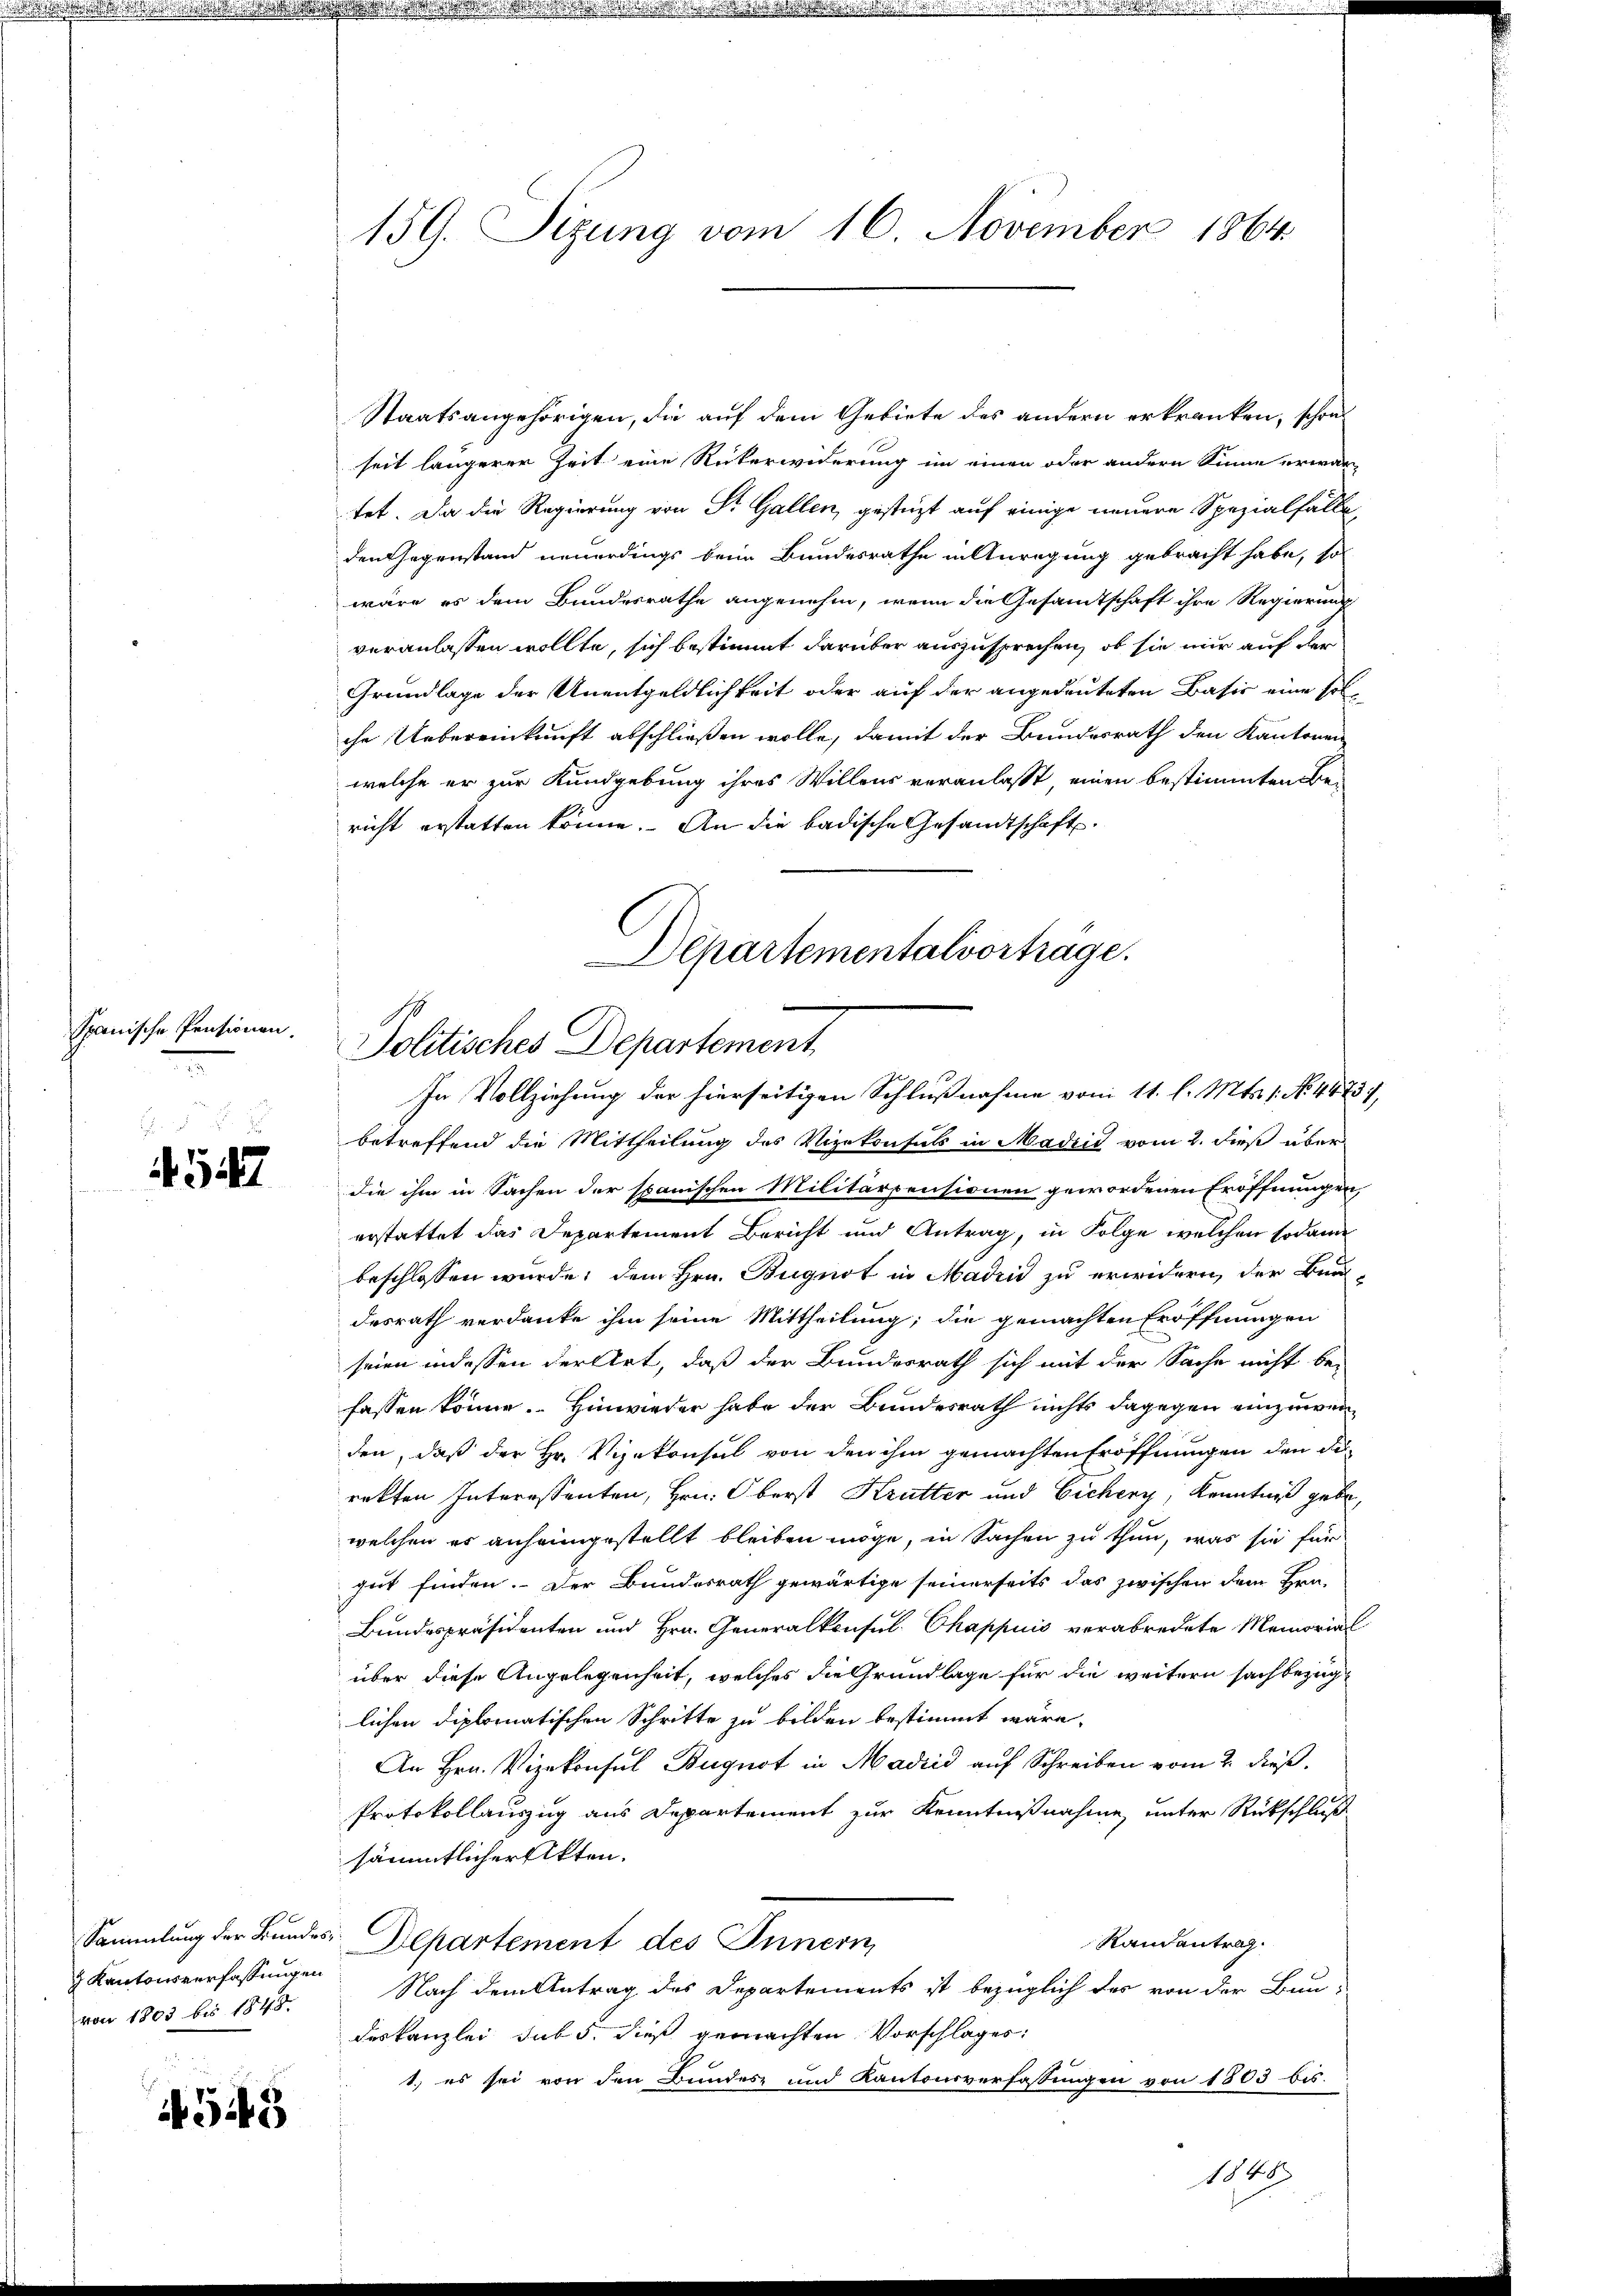
Spanische Pensionen.

.
54

Kantonsverfassungen
von 1803 bis 1848.

545

Staatsangehörigen, die auf dem Gebiete des andern erkranken, schon
seit längerer Zeit eine Rückerwiderung im einen oder andern Sinne erwar-
tet. Da die Regierung von St. Gallen, gestüzt auf einige neuere Spezialfalleden Gegenstand neuerdings beim Bundesrathe in Anregung gebracht habe, so
wäre es dem Bundesrathe angenehm, wenn die Gesandtschaft ihre Regierung
veranlassen wollte, sich bestimmt darüber auszusprechen, ob sie mir auf der
Grundlage der Unentgeldlichkeit oder auf der angedeuteten Basis eine sol
che Uebereinkunft abschließen wolle, damit der Bundesrath den Kantonen
welche er zur Kundgebung ihres Willens veranlasst, einen bestimmten Be-
richt erstatten könne. An die badische Gesandtschaft
Departementalvortrage.

betreffend die Mittheilung des Vizekonsuls in Madrid vom 2. dieß über
die ihm in Sachen der spanischen Militärpensionen gewordenen Eröffnungen
erstattet das Departement Bericht und Antrag, in Folge welchen sodann
beschlossen wurde, dem Hrn. Bugnot in Madrid zu erwidern der Bundesrath verdanke ihm seine Mittheilung; die gemachten Eröffnungen
seien indessen derlert, daß der Bundesrath sich mit der Sache nicht be-
fassen könne. Hinwieder habe der Bundesrath nichts dagegen einzuwei
den, daß der Hr. Vizekonsul von den ihm gemachten Eröffnungen den Derekten Interestenten, Hrn. Oberst Krutter und Eichery, Kenntniß gebe,
welchen es anheimgestellt bleiben möge, in Sachen zu thun, was sie für
gut finden. Der Bundesrath gewärtige seinerseits das zwischen dem Hrn.
Bundespräsidenten und Hrn. Generalkonsul Chappuis verabredete Memorial
über diese Angelegenheit, welches die Grundlage für die weitern sachbezüglichen diplomatischen Schritte zu bilden bestimmt wäre,
An Hrn. Vizekonsul Buguot in Madrid auf Schreiben vom 2. dieß.
Protokollauszug aus Departement zur Kenntnißnahme, unter Rückschluß
sämmtlicher Akten.
Sammlung der Bundes-Departement des Innern
Randantrag
Nach dem Antrag des Departements ist bezüglich des von der Bun-
deskanzlei sub 5. dieß gemachten Vorschlages:
1.) es sei von den Bundes und Kantonsverfassungen von 1803 bis

159. Sizung vom 16. November 1864.

Politisches Departement
In Vollziehung der hierseitigen Schlußnahme vom 11. l. Mts. 1. No. 48731,

1849